Document type: Oath
Year: 1447
Scribe: Pere Figuerola
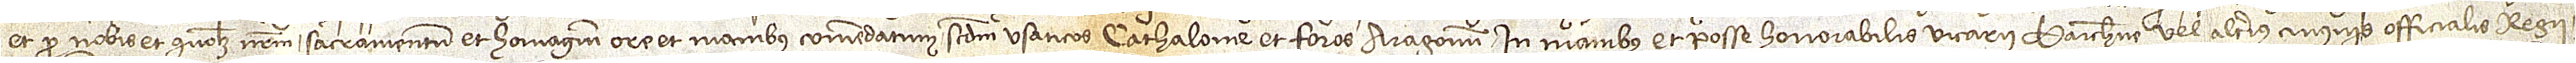
et pro nobis et quolibet nostrum sacramentum et homagium ore et manibus comendatum, secundum Usaticos Cathalonie et foros Aragonum, in manibus et posse honorabilis vicarii Barchinone vel alterius cuiusvis officialis regii